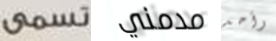
تسمى مدمني وأحد